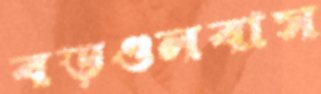
বড়গুলবাস